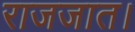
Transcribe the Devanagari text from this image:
राजजात।